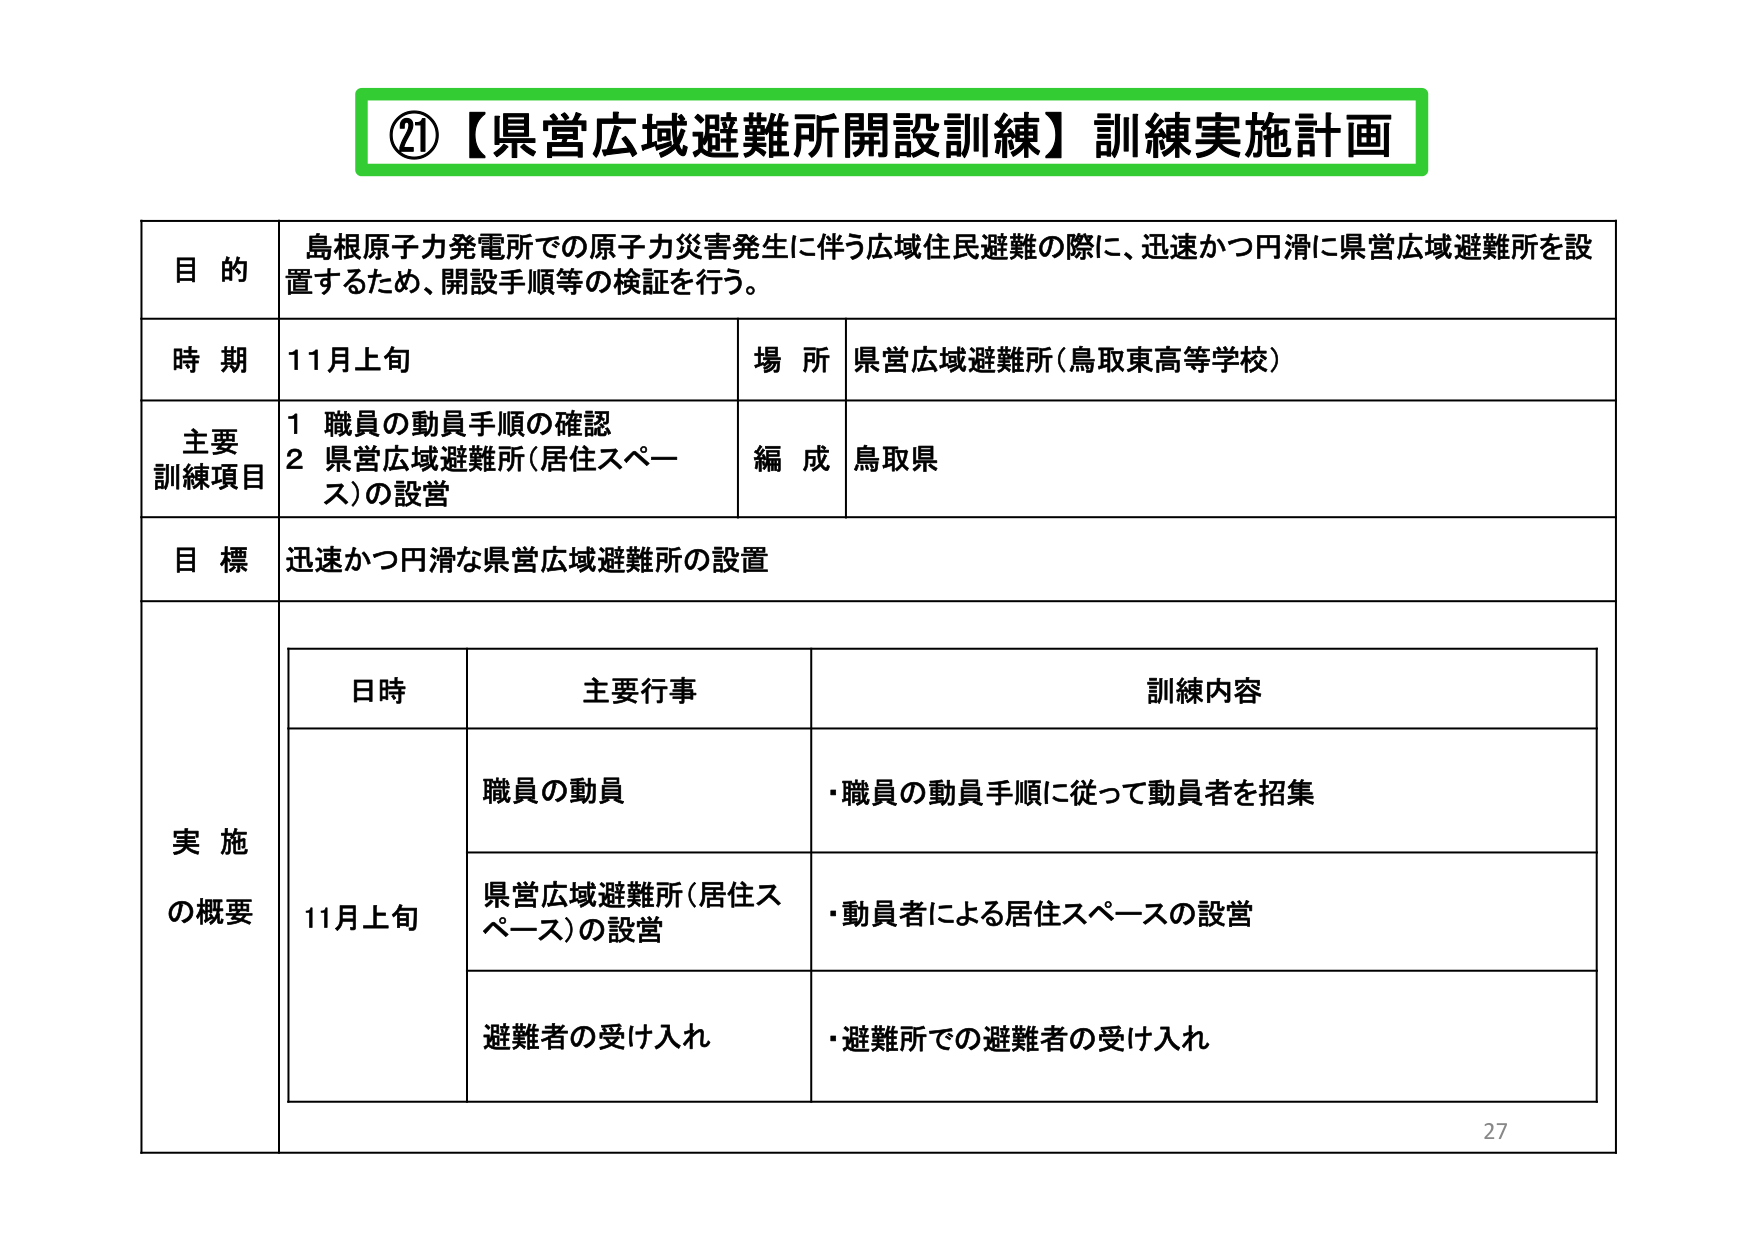
②１【県営広域避難所開設訓練】訓練実施計画

目的
島根原子力発電所での原子力災害発生に伴う広域住民避難の際に、迅速かつ円滑に県営広域避難所を設置するため、開設手順等の検証を行う。

時期
11月上旬

場所
県営広域避難所（鳥取東高等学校）

主要訓練項目
1 職員の動員手順の確認
2 県営広域避難所（居住スペース）の設営

編成
鳥取県

目標
迅速かつ円滑な県営広域避難所の設置

実施の概要

日時
11月上旬

主要行事
職員の動員
県営広域避難所（居住スペース）の設営
避難者の受け入れ

訓練内容
・職員の動員手順に従って動員者を招集
・動員者による居住スペースの設営
・避難所での避難者の受け入れ

27